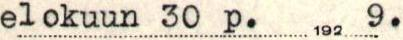
elokuun 30 p:nä1929.